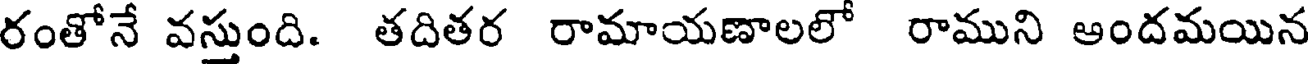
రంతోనే వస్తుంది. తదితర రామాయణాలలో రాముని ఆందమయిన